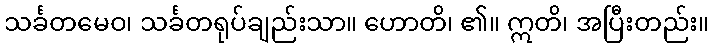
သင်္ခတမေဝ၊ သင်္ခတရုပ်ချည်းသာ။ ဟောတိ၊ ၏။ ဣတိ၊ အပြီးတည်း။